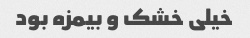
خیلی خشک و بیمزه بود